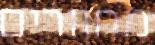
מחוורים